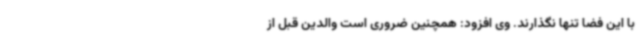
با این فضا تنها نگذارند. وی افزود: همچنین ضروری است والدین قبل از